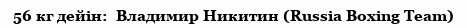
56 кг дейін:  Владимир Никитин (Russia Boxing Team)